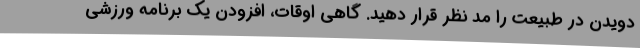
دویدن در طبیعت را مد نظر قرار دهید. گاهی اوقات، افزودن یک برنامه ورزشی